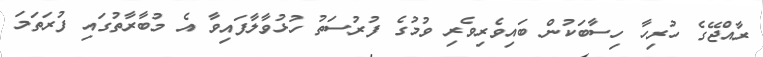
ރާއްޖޭގެ ހުރިހާ ހިސާބަކުން ބައިވެރިވެރި ވުމުގެ ފުރުސަތު ހުޅުވާލާފައިވާ އެ މުބާރާތުގައި ފުރަތަމަ